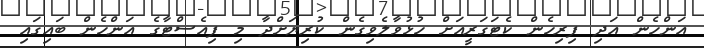
އަންހެން އަދި ފިރިހެން ކެޓަގަރީއަށް ހުޅުވާލެވިގެން ކުރިޔަށްދާ މި ފިއެސްޓާގެ އަންހެން ބައިގައި